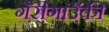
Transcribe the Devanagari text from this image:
गैरीगाउँकी